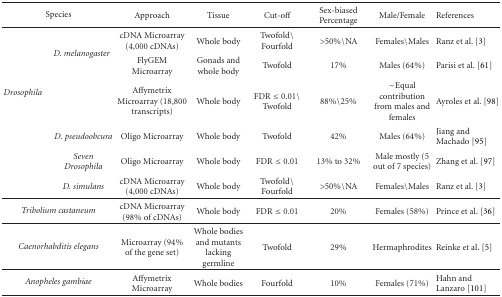
<table><thead><tr><td colspan="2"><b>Species</b></td><td><b>Approach</b></td><td><b>Tissue</b></td><td><b>Cut-off</b></td><td><b>Sex-biasedPercentage</b></td><td><b>Male/Female</b></td><td><b>References</b></td></tr></thead><tbody><tr><td rowspan="6"><i>Drosophila</i></td><td rowspan="3"><i>D. melanogaster</i></td><td>cDNA Microarray (4,000 cDNAs)</td><td>Whole body</td><td>Twofold<i>∖</i>Fourfold</td><td>&gt;50%<i>∖</i>NA</td><td>Females<i>∖</i>Males</td><td>Ranz et al. [3]</td></tr><tr><td>FlyGEM Microarray</td><td>Gonads and whole body</td><td>Twofold</td><td>17%</td><td>Males (64%)</td><td>Parisi et al. [61]</td></tr><tr><td>Affymetrix Microarray (18,800 transcripts)</td><td>Whole body</td><td>FDR ≤ 0.01<i>∖</i>Twofold</td><td>88%<i>∖</i>25%</td><td>~Equal contribution from males and females</td><td>Ayroles et al. [98]</td></tr><tr><td><i>D. pseudoobcura</i></td><td>Oligo Microarray</td><td>Whole body</td><td>Twofold</td><td>42%</td><td>Males (64%)</td><td>Jiang and Machado [95]</td></tr><tr><td><i>Seven Drosophila</i></td><td>Oligo Microarray</td><td>Whole body</td><td>FDR ≤ 0.01</td><td>13% to 32%</td><td>Male mostly (5 out of 7 species)</td><td>Zhang et al. [97]</td></tr><tr><td><i>D. simulans</i></td><td>cDNA Microarray (4,000 cDNAs)</td><td>Whole body</td><td>Twofold<i>∖</i>Fourfold</td><td>&gt;50%<i>∖</i>NA</td><td>Females<i>∖</i>Males</td><td>Ranz et al. [3] </td></tr><tr><td colspan="2"><i>Tribolium castaneum</i></td><td>cDNA Microarray (98% of cDNAs)</td><td>Whole body</td><td>FDR ≤ 0.01</td><td>20%</td><td>Females (58%)</td><td>Prince et al. [36] </td></tr><tr><td colspan="2"><i>Caenorhabditis elegans</i></td><td>Microarray (94% of the gene set)</td><td>Whole bodies and mutants lacking germline</td><td>Twofold</td><td>29%</td><td>Hermaphrodites</td><td>Reinke et al. [5] </td></tr><tr><td colspan="2"><i>Anopheles gambiae</i></td><td>Affymetrix Microarray</td><td>Whole bodies</td><td>Fourfold</td><td>10%</td><td>Females (71%)</td><td>Hahn and Lanzaro [101]</td></tr></tbody></table>